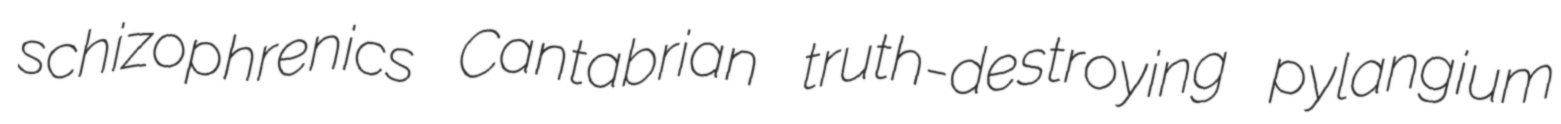
schizophrenics Cantabrian truth-destroying pylangium